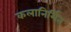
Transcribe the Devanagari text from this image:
कलानिर्मित